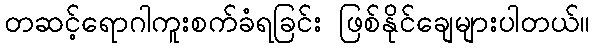
တဆင့်ရောဂါကူးစက်ခံရခြင်း ဖြစ်နိုင်ချေများပါတယ်။